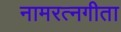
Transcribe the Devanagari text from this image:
नामरत्नगीता